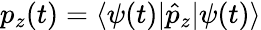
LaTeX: p_{z}(t)=\langle\psi(t)|\hat{p}_{z}|\psi(t)\rangle